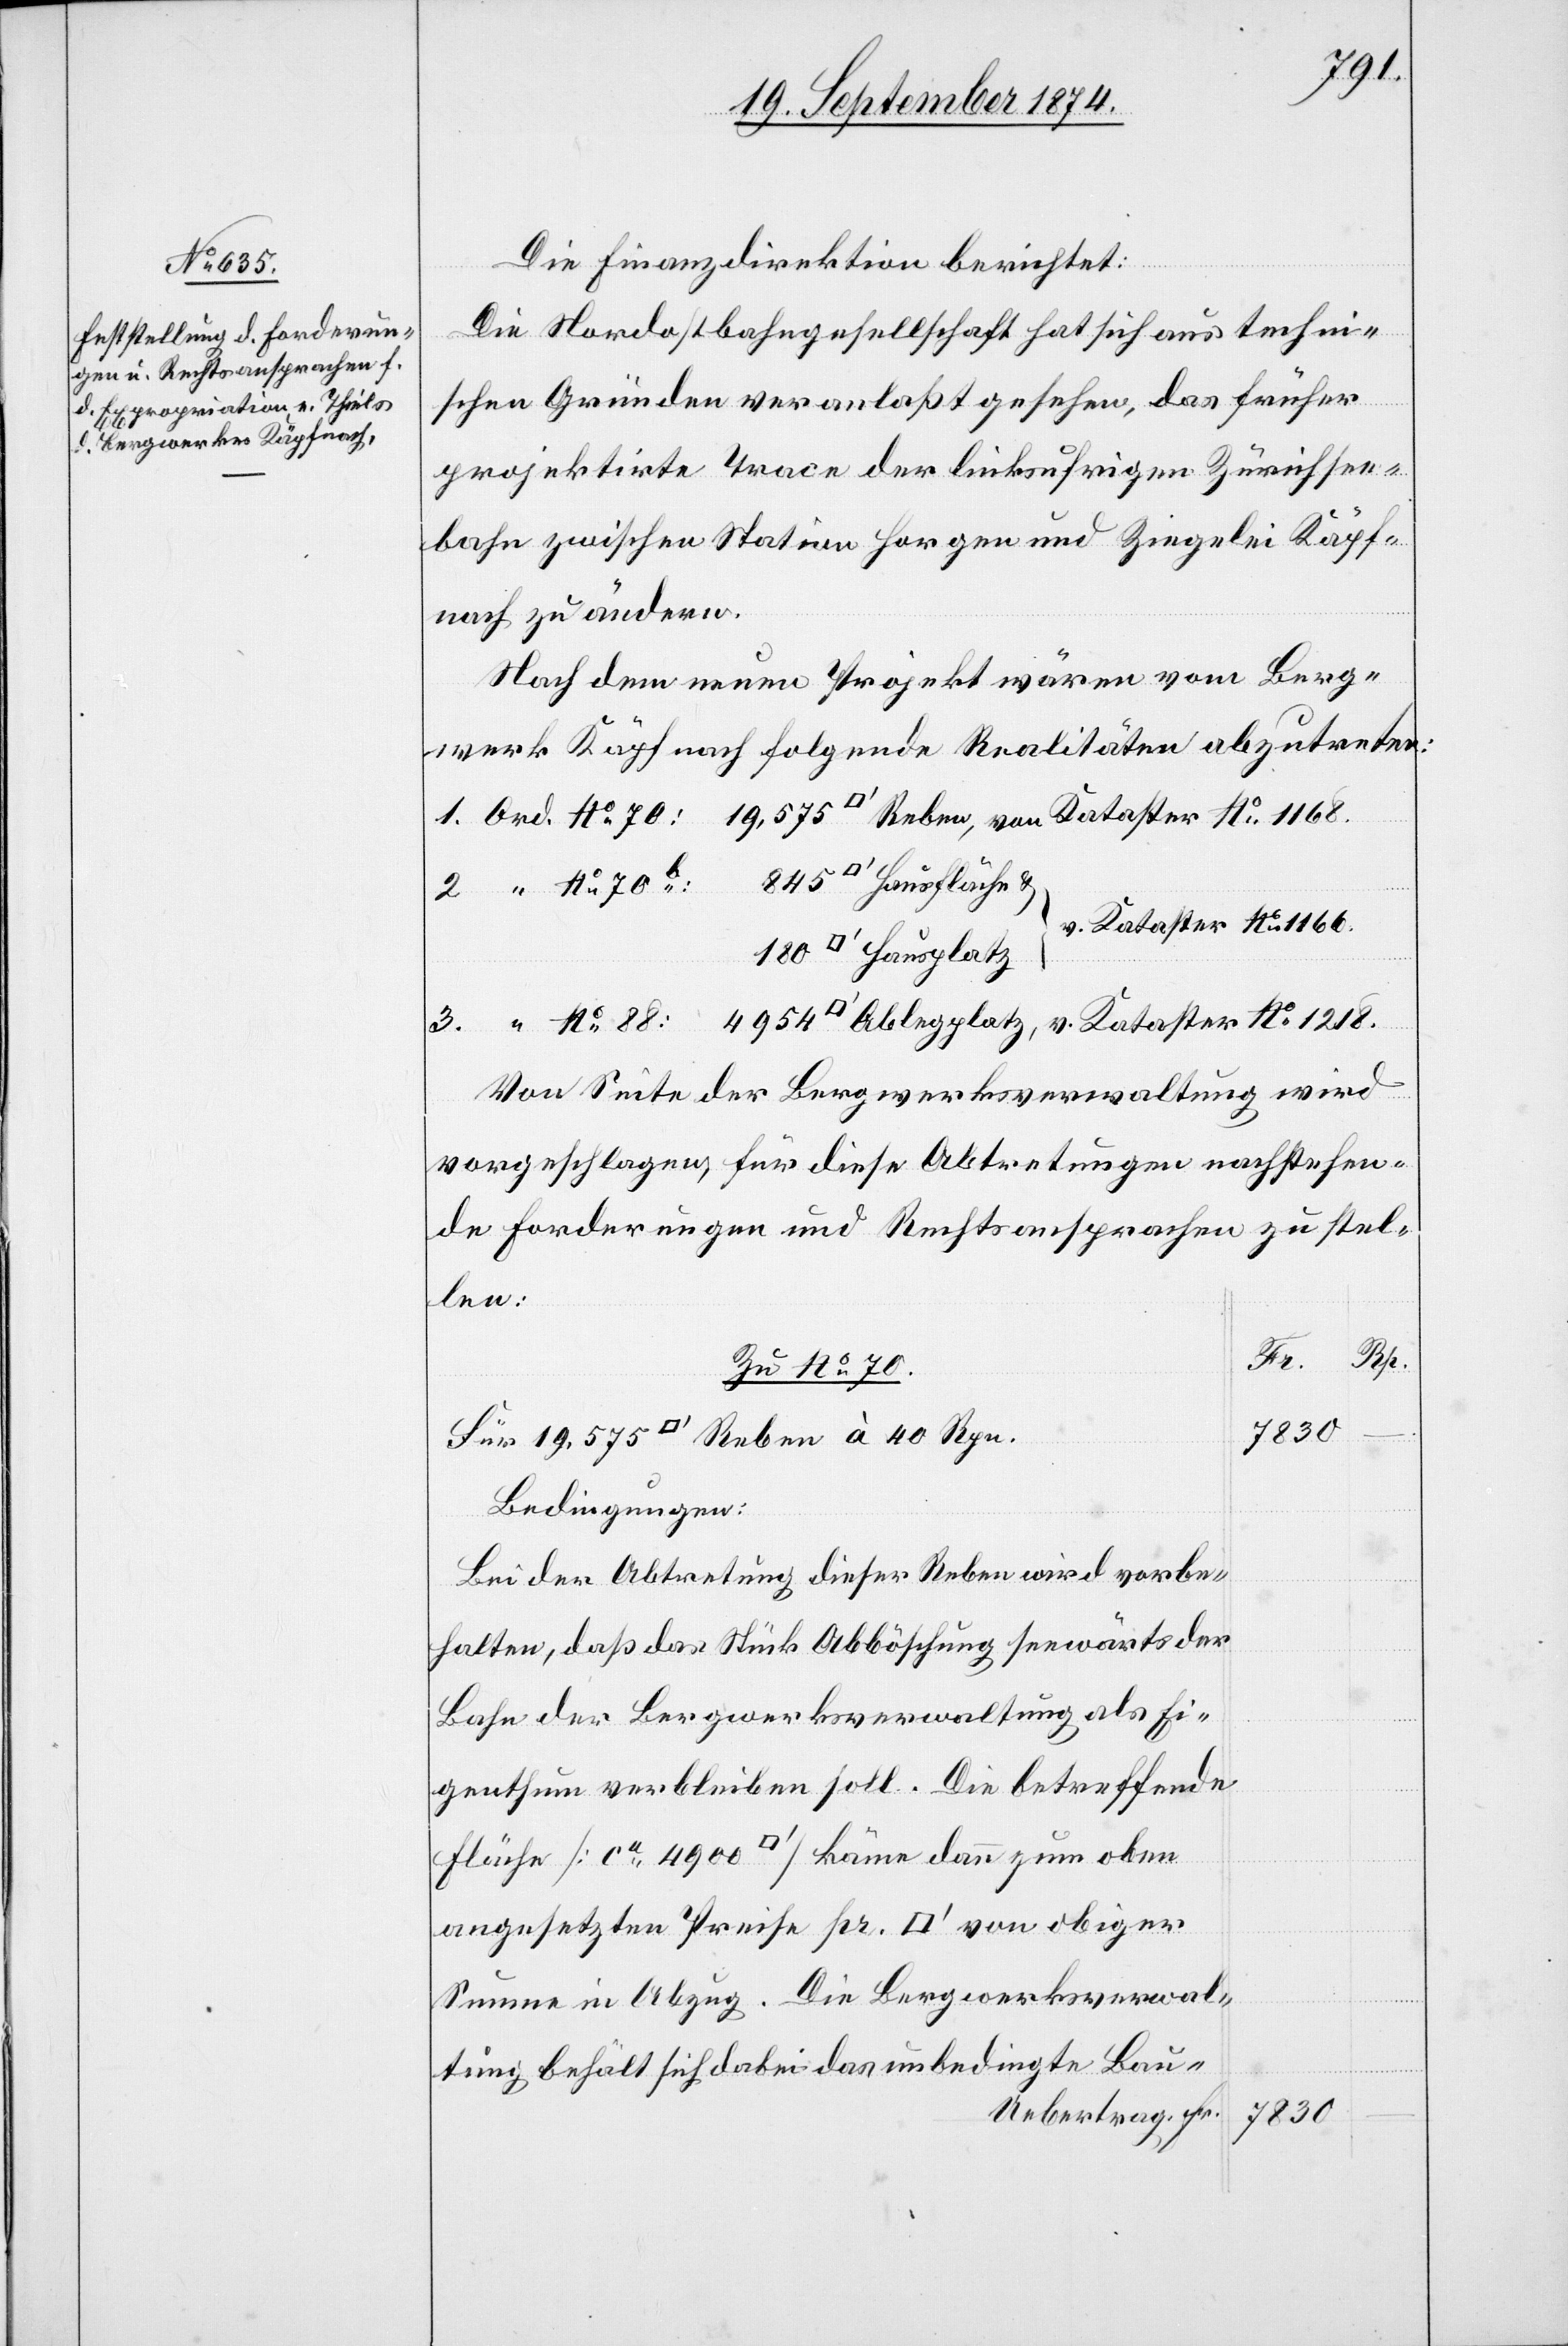
Die Finanzdirektion berichtet:
Die Nordostbahngesellschaft hat sich aus techni¬
schen Gründen veranlaßt gesehen, das früher
projektirte Trace der linksufrigen Zürichsee¬
bahn zwischen Station Horgen und Ziegelei Käpf¬
nach zu ändern.
Nach dem neuen Projekt wären vom Berg¬
werk Käpfnach folgende Realitäten abzutreten:
v. Kataster No 1218.
Von Seite der Bergwerksverwaltung wird
vorgeschlagen für diese Abtretungen nachstehen¬
de Forderungen und Rechtsansprachen zu stel¬
len:
Zu No 70.
7830
Bei der Abtretung dieser Reben wird vorbe¬
halten, daß das Stück Abböschung seewärts der
Bahn der Bergwerksverwaltung als Ei¬
genthum verbleiben soll. Die betreffende
Fläche [ca 4900 [Quadratfuss]] käme dann zum oben
angesetzten Preise pr. [Quadratfuss] von obiger
Summe in Abzug. Die Bergwerksverwal¬
tung behält sich dabei das unbedingte Bau-
Uebertrag Fr.
No 88: